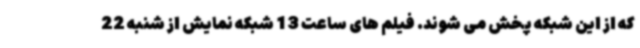
که از این شبکه پخش می شوند. فیلم های ساعت 13 شبکه نمایش از شنبه 22